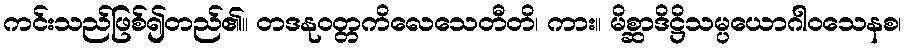
ကင်းသည်ဖြစ်၍တည်၏။ တဒနုဝတ္တကိလေသေတီတိ၊ ကား။ မိစ္ဆာဒိဋ္ဌိသမ္ပယောဂါဝသေနစ၊